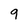
Character: 9